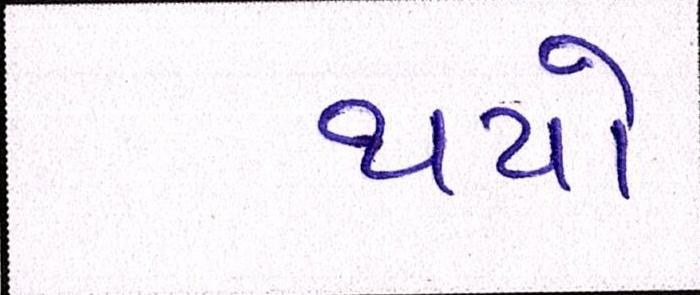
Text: થયો